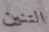
التنين